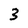
Character: 3